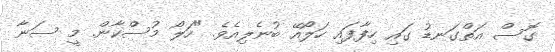
ގޮސް އަތްގަނޑު ގައި ހިފާފައި ހަލޯއޭ ބުނެލިއެވެ. "ހަލޯ މުސްކާން. މީ ސަނާ